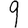
Digit: 9